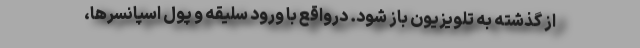
از گذشته به تلویزیون باز شود. درواقع با ورود سلیقه و پول اسپانسرها،